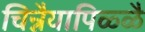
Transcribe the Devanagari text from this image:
चिन्नैयापिळ्ळै